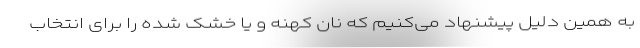
به همین دلیل پیشنهاد می‌کنیم که نان کهنه و یا خشک شده را برای انتخاب